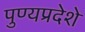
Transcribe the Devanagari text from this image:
पुण्यप्रदेशे